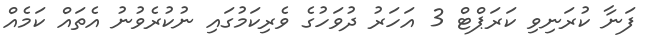
ފަނާ ކުރަނިވި ކަރަޕްޓް 3 އަހަރު ދުވަހުގެ ވެރިކަމުގައި ނުކުރެވުނު އެތައް ކަމެއް